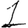
Digit: 1